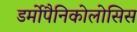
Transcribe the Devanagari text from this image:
डर्मोपैनिकोलोसिस